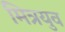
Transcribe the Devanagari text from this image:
मित्रयुव